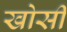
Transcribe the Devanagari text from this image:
खोसी